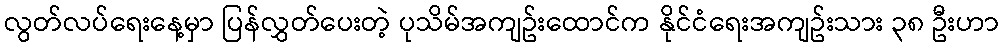
လွတ်လပ်ရေးနေ့မှာ ပြန်လွှတ်ပေးတဲ့ ပုသိမ်အကျဥ်းထောင်က နိုင်ငံရေးအကျဥ်းသား ၃၈ ဦးဟာ